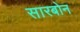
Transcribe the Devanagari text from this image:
सारबोन